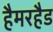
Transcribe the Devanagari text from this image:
हैमरहैड